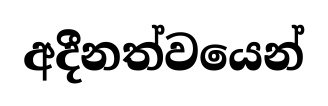
අදීනත්වයෙන්